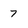
Character: 7